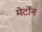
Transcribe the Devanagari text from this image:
मेर्टोंन